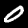
Digit: 0